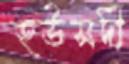
হউসদী